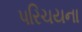
પરિચયના